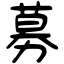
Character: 募